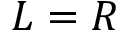
L = R